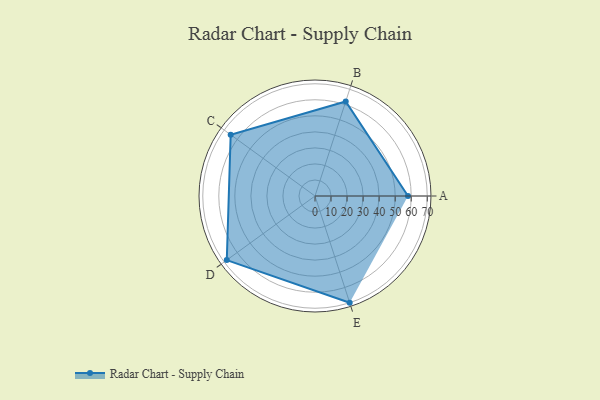
{"axis": {"x": "Skill", "y": "Score"}, "legend": ["Profile"], "data": [{"x": "A", "y": 58.0, "type": "Profile"}, {"x": "B", "y": 62.0, "type": "Profile"}, {"x": "C", "y": 65.0, "type": "Profile"}, {"x": "D", "y": 68.0, "type": "Profile"}, {"x": "E", "y": 70.0, "type": "Profile"}]}